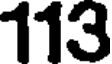
113